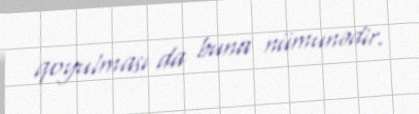
qoyulması da buna nümunədir.